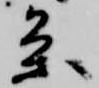
条